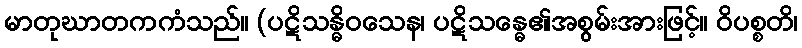
မာတုဃာတကကံသည်။ (ပဋိသန္ဓိဝသေန၊ ပဋိသန္ဓေ၏အစွမ်းအားဖြင့်။ ဝိပစ္စတိ၊